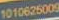
1010626009